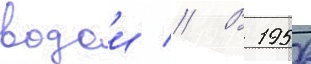
водои // В 1956